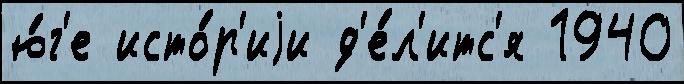
ю́г'е исто́р'иjи д'е́л'итс'я 1940